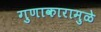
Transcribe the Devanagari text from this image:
गुणाकारामुळे